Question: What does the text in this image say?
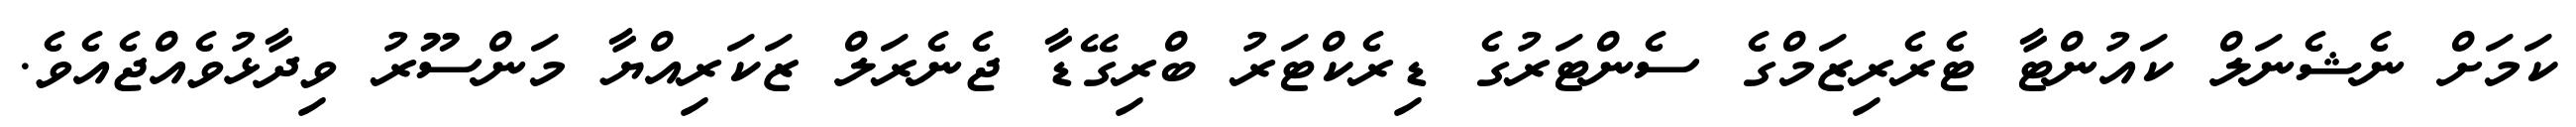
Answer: ކަމަށް ނެޝެނަލް ކައުންޓާ ޓެރެރިޒަމްގެ ސެންޓަރުގެ ޑިރެކްޓަރު ބްރިގޭޑާ ޖެނެރަލް ޒަކަރިއްޔާ މަންސޫރު ވިދާޅުވެއްޖެއެވެ.